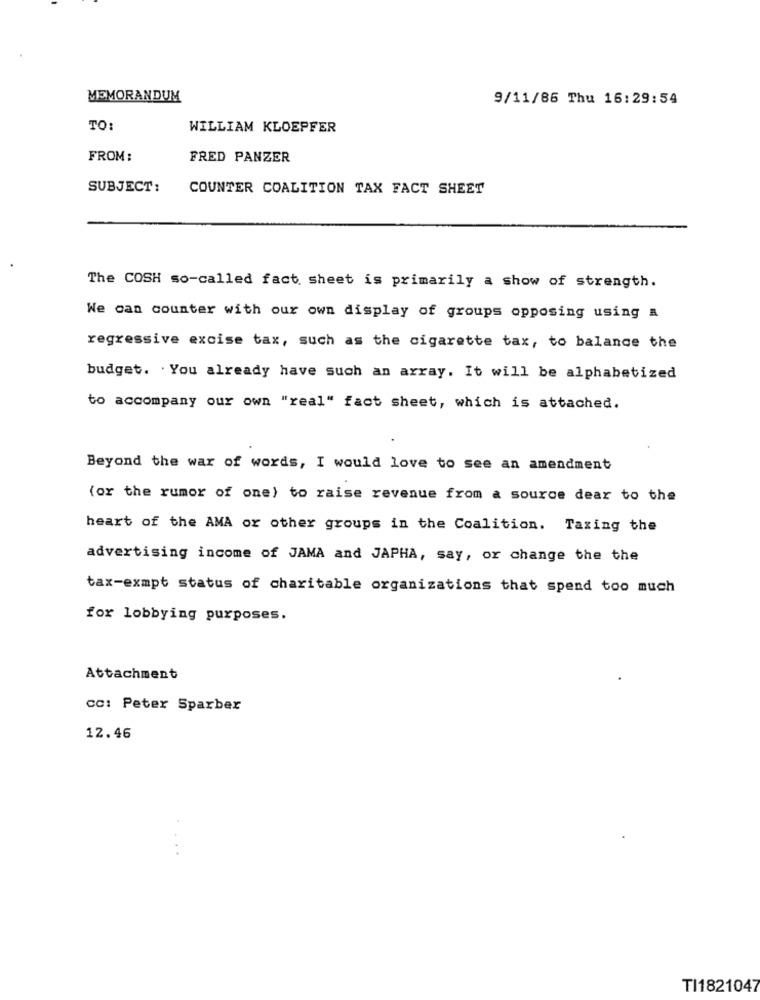
MEMORANDUM
9/11/86 Thu 16:29:54
TO:
WILLIAM KLOEPFER
FROM:
FRED PANZER
SUBJECT:
COUNTER COALITION TAX FACT SHEET
The COSH so-called fact sheet is primarily a show of strength.
We can counter with our own display of groups opposing using a
regressive excise tax, such as the cigarette tax, to balance the
budget. . You already have such an array. It will be alphabetized
to accompany our own "real" fact sheet, which is attached.
Beyond the war of words, I would love to see an amendment
(or the rumor of one) to raise revenue from a source dear to the
heart of the AMA or other groups in the Coalition. Taxing the
advertising income of JAMA and JAPHA, say, or change the the
tax-exmpt status of charitable organizations that spend too much
for lobbying purposes.
Attachment
CC: Peter Sparber
12.46
TI1821047